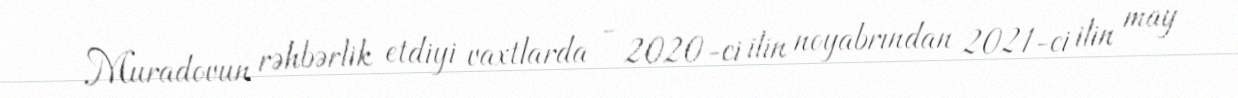
Muradovun rəhbərlik etdiyi vaxtlarda - 2020-ci ilin noyabrından 2021-ci ilin may